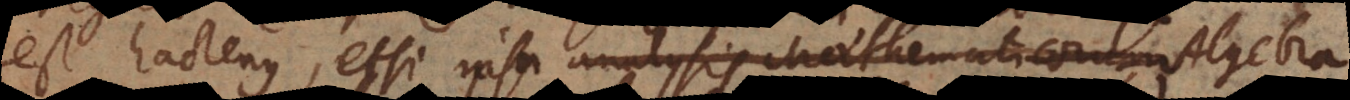
est hactenus, etsi ipsa analysis Mathematicorum Algebra